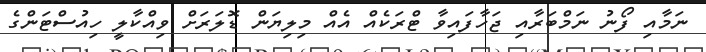
ނަމާއި ފޯނު ނަމްބަރާއި ޖަހާފައިވާ ޓްރަކެއް އެއް މިލިޔަން ޑޮލަރަށް ވިއްކާލީީ ހިއުސްޓަންގެ